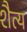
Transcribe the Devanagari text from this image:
शैत्य